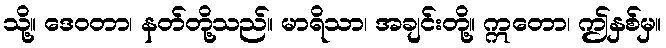
သို့။ ဒေဝတာ၊ နတ်တို့သည်။ မာရိသာ၊ အချင်းတို့။ ဣတော၊ ဤနှစ်မှ။